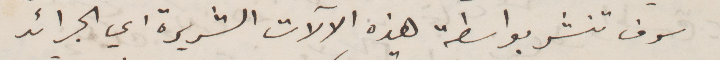
شوف تنشر بواسطة هذه الالات الشريرة أي الجرائد